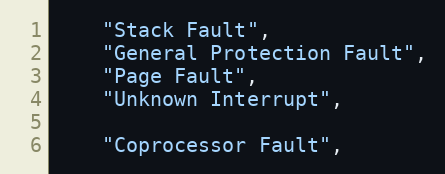
Language: C
    "Stack Fault",
    "General Protection Fault",
    "Page Fault",
    "Unknown Interrupt",

    "Coprocessor Fault",